Indian journal of veterinary science and animal husbandry - Volumes 15-17, 1948-1951
Year: 1948
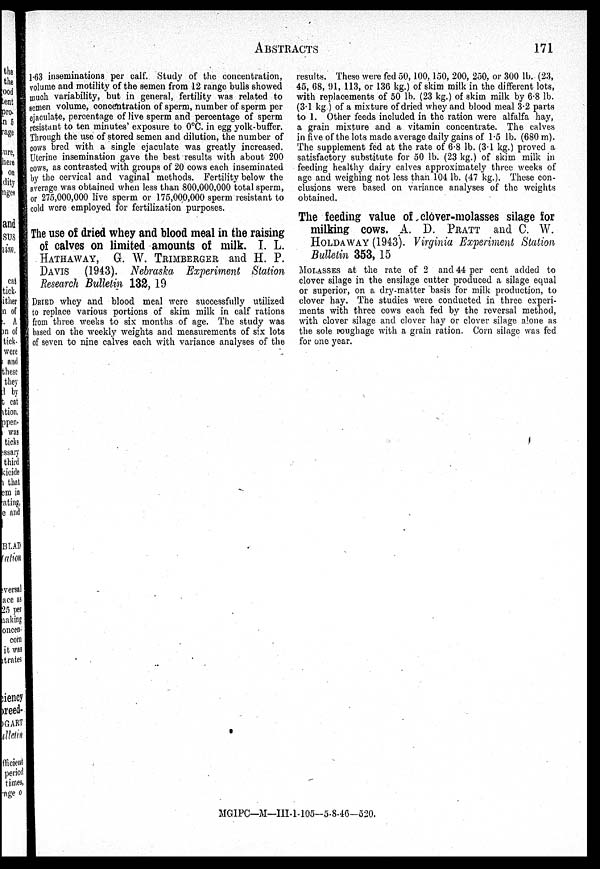
ABSTRACTS
171
1.63 inseminations per calf. Study of the concentration,
volume and motility of the semen from 12 range bulls showed
much variability, but in general, fertility was related to
semen volume, concentration of sperm, number of sperm per
ejaculate, percentage of live sperm and percentage of sperm
resistant to ten minutes' exposure to 0ºC. in egg yolk-buffer.
Through the use of stored semen and dilution, the number of
cows bred with a single ejaculate was greatly increased.
Uterine insemination gave the best results with about 200
cows, as contrasted with groups of 20 cows each inseminated
by the cervical and vaginal methods. Fertility below the
average was obtained when less than 800,000,000 total sperm,
or 275,000,000 live sperm or 175,000,000 sperm resistant to
cold were employed for fertilization purposes.
The use of dried whey and blood meal in the raising
of calves on limited amounts of milk. I. L.
HATHAWAY, G. W. TRIMBERGER and H. P.
DAVIS (1943). Nebraska Experiment Station
Research Bulletin 132, 19
DRIED whey and blood meal were successfully utilized
to replace various portions of skim milk in calf rations
from three weeks to six months of age. The study was
based on the weekly weights and measurements of six lots
of seven to nine calves each with variance analyses of the
results. These were fed 50, 100, 150, 200, 250, or 300 lb. (23,
45, 68, 91, 113, or 136 kg.) of skim milk in the different lots,
with replacements of 50 lb. (23 kg.) of skim milk by 6.8 lb.
(3.1 kg ) of a mixture of dried whey and blood meal 3.2 parts
to 1. Other feeds included in the ration were alfalfa hay,
a grain mixture and a vitamin concentrate. The calves
in five of the lots made average daily gains of 1.5 lb. (680 m).
The supplement fed at the rate of 6.8 lb. (3.1 kg.) proved a
satisfactory substitute for 50 lb. (23 kg.) of skim milk in
feeding healthy dairy calves approximately three weeks of
age and weighing not less than 104 lb. (47 kg.). These con-
clusions were based on variance analyses of the weights
obtained.
The feeding value of clover-molasses silage for
milking cows. A. D. PRATT and C. W.
HOLDWAY (1943). Virginia Experiment Station
Bulletin 353, 15
MOLASSES at the rate of 2 and 44 per cent added to
clover silage in the ensilage cutter produced a silage equal
or superior, on a dry-matter basis for milk production, to
clover hay. The studies were conducted in three experi-
ments with three cows each fed by the reversal method,
with clover silage and clover hay or clover silage alone as
the sole roughage with a grain ration. Corn silage was fed
for one year.
MGIPC—M-III-1-105-5-8-46-520.